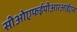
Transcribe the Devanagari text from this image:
सीओएफईपीआरआईएस